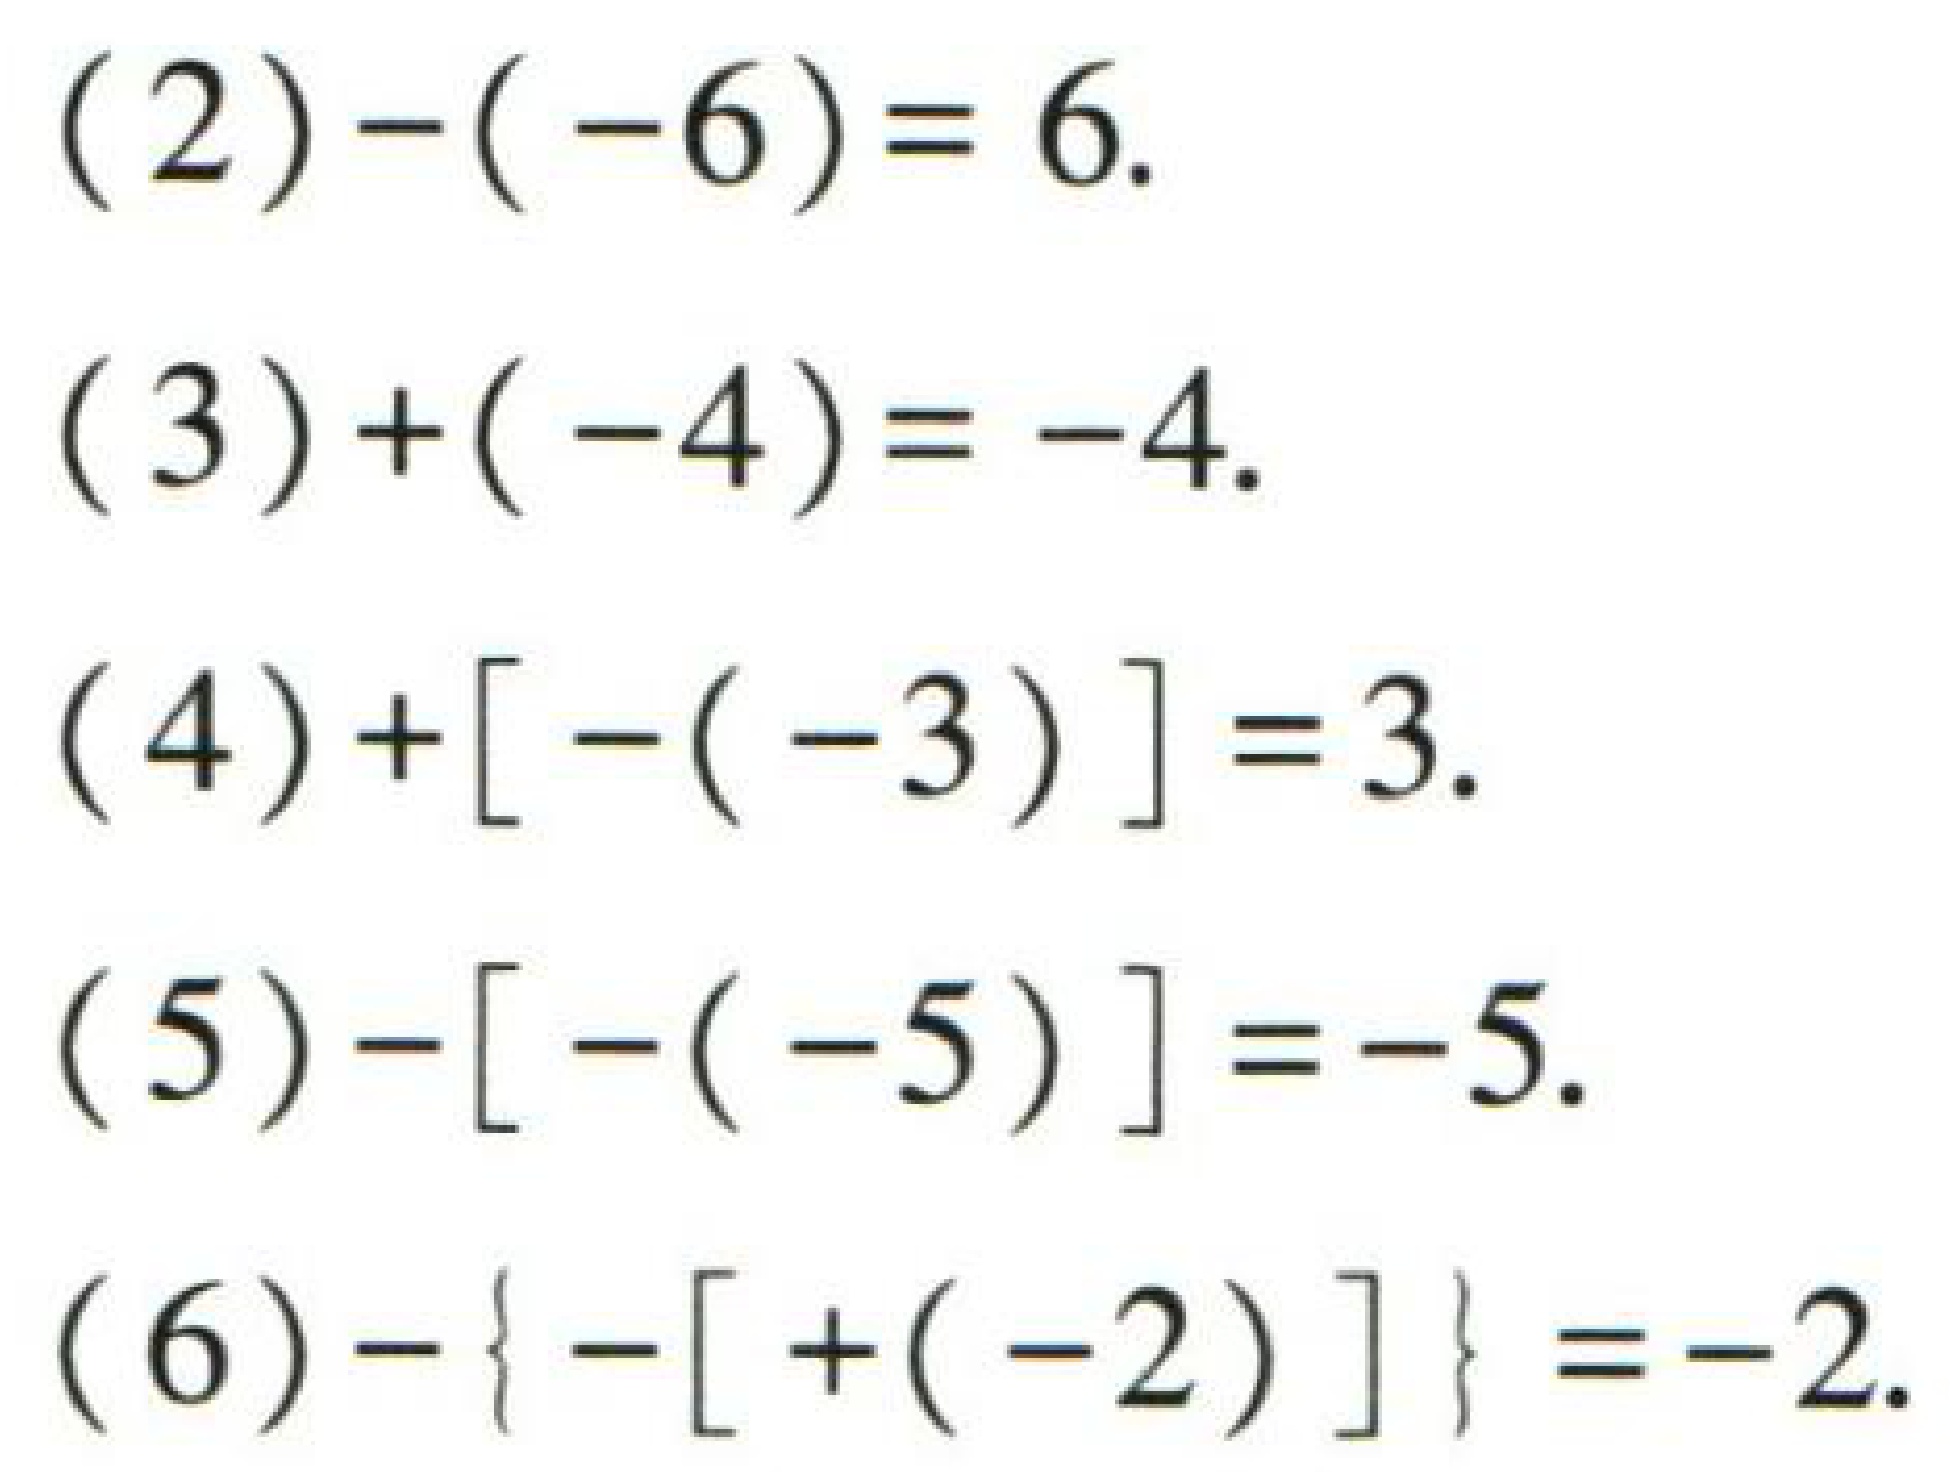
(2) \(-(-6)= 6.\)
(3) \(+(-4)= -4.\)
(4) \(+[-(-3)] =3.\)
(5) \(-[-(-5)] =-5.\)
(6) \(-\{ -[+(-2)]\} =-2.\)